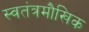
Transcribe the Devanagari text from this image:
स्वतंत्रमौखिक